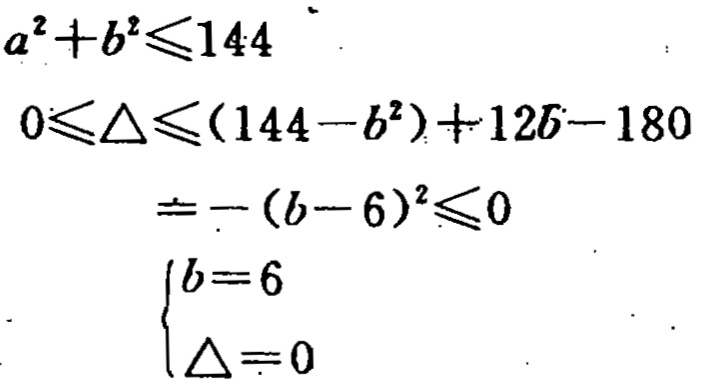
\[

\begin{align*}

a^{2}+b^{2}&\leqslant144\\

0&\leqslant\Delta\leqslant(144 - b^{2})+ 12b-180\\

&=-(b - 6)^{2}\leqslant0\\

\begin{cases}

b&=6\\

\Delta&=0

\end{cases}

\end{align*}

\]